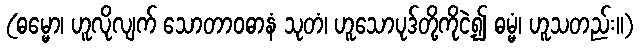
(ဓမ္မော၊ ဟူလိုလျက် သောတာဝဓာနံ သုတံ၊ ဟူသောပုဒ်တို့ကိုငဲ့၍ ဓမ္မံ၊ ဟူသတည်း။)